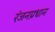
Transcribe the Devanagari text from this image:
रंजनप्रधान